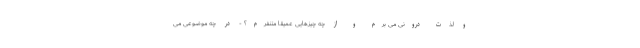
و لذت درونی می برم و از چه چیزهایی عمیقاً متنفرم؟ - در چه موضوعی می